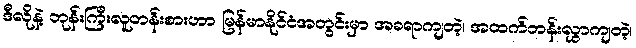
ဒီလိုနဲ့ ဘုန်းကြီးလူတန်းစားဟာ မြန်မာနိုင်ငံအတွင်းမှာ အခရာကျတဲ့၊ အထက်တန်းလွှာကျတဲ့၊